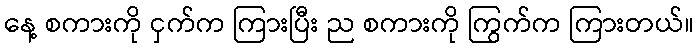
နေ့ စကားကို ငှက်က ကြားပြီး ည စကားကို ကြွက်က ကြားတယ်။